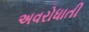
અવરોધાતી